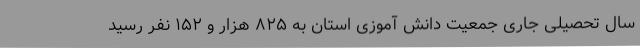
سال تحصیلی جاری جمعیت دانش آموزی استان به ۸۲۵ هزار و ۱۵۲ نفر رسید